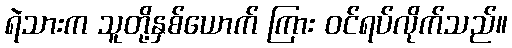
ရဲသားက သူတို့နှစ်ယောက် ကြား ဝင်ရပ်လိုက်သည်။